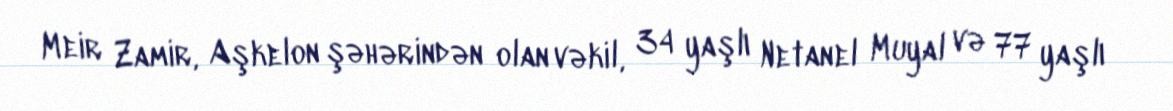
Meir Zamir, Aşkelon şəhərindən olan vəkil, 34 yaşlı Netanel Muyal və 77 yaşlı